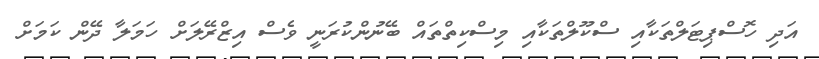
އަދި ހޮސްޕިޓަލްތަކާއި ސްކޫލްތަކާއި މިސްކިތްތައް ބޭނުންކުރަނީ ވެސް އިޒްރޭލަށް ހަމަލާ ދޭން ކަމަށް